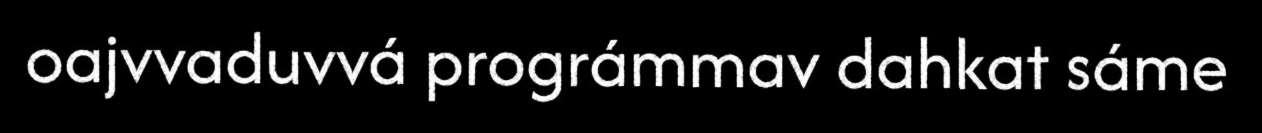
oajvvaduvvá prográmmav dahkat sáme